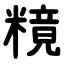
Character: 糡